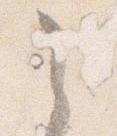
之